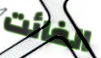
الفائت